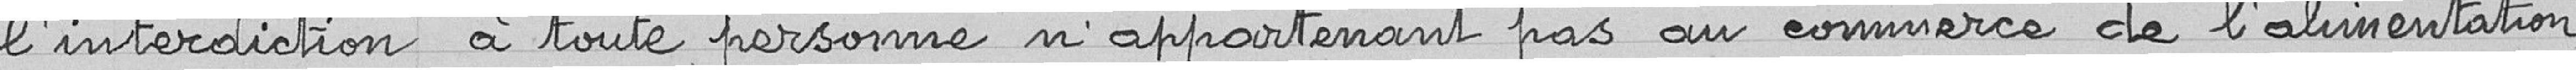
l’interdiction à toute personne n’appartenant pas au commerce de l’alimentation